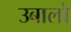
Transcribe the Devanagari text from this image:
उबालो